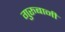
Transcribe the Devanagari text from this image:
गुरुबानी